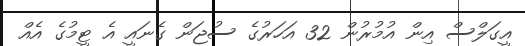
އީގަލްސް އިން އުމުރުން 32 އަހަރުގެ ސުޖަން ގެނައީ އެ ޓީމުގެ އެއް